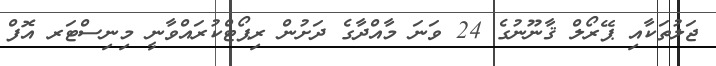
ޖަލުތަކާއި ޕޭރޯލް ޤާނޫނުގެ 24 ވަނަ މާއްދާގެ ދަށުން ރިޕޯޓްކުރައްވާނީ މިނިސްޓަރ އޮފް